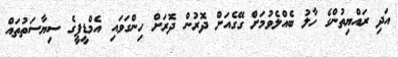
އަދި ރައްޔިތުންގެ ހާލު ބެއްލެވުމަށް ގޭގެއަށް ދޮރުން ދޮރަށް ހިންގަވައި އެމްޑީޕީގެ ސިޔާސަތުތައް